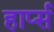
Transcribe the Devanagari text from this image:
हार्प्स